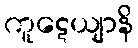
ကူဋေယျာနိ